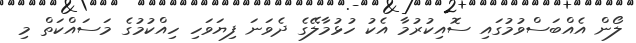
ލޯން އެއްބަސްވުމުގައި ސޮއިކުރުމާ އެކު ހުޅުމާލޭގެ ދެވަނަ ފިޔަވަހި ހިއްކުމުގެ މަސައްކަތް މި